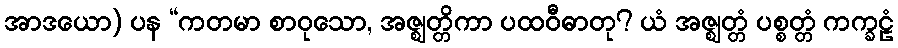
အာဒယော) ပန “ကတမာ စာဝုသော, အဇ္ဈတ္တိကာ ပထဝီဓာတု? ယံ အဇ္ဈတ္တံ ပစ္စတ္တံ ကက္ခဠံ